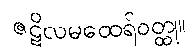
ဇဋိလမထေရ်ဝတ္ထု။